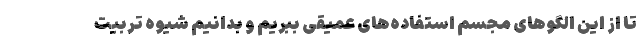
تا از این الگوهای مجسم استفاده‌های عمیقی ببریم و بدانیم شیوه تربیت